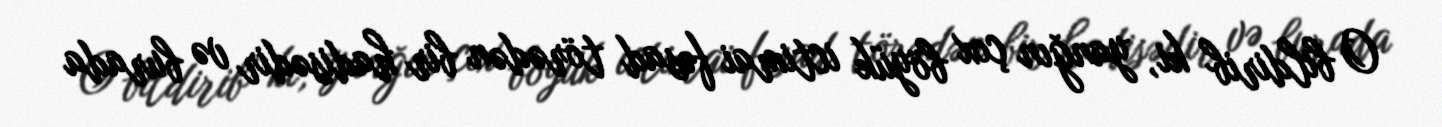
O bildirib ki, yanğın çox böyük ictimai fəsad törədən bir hadisədir və burada